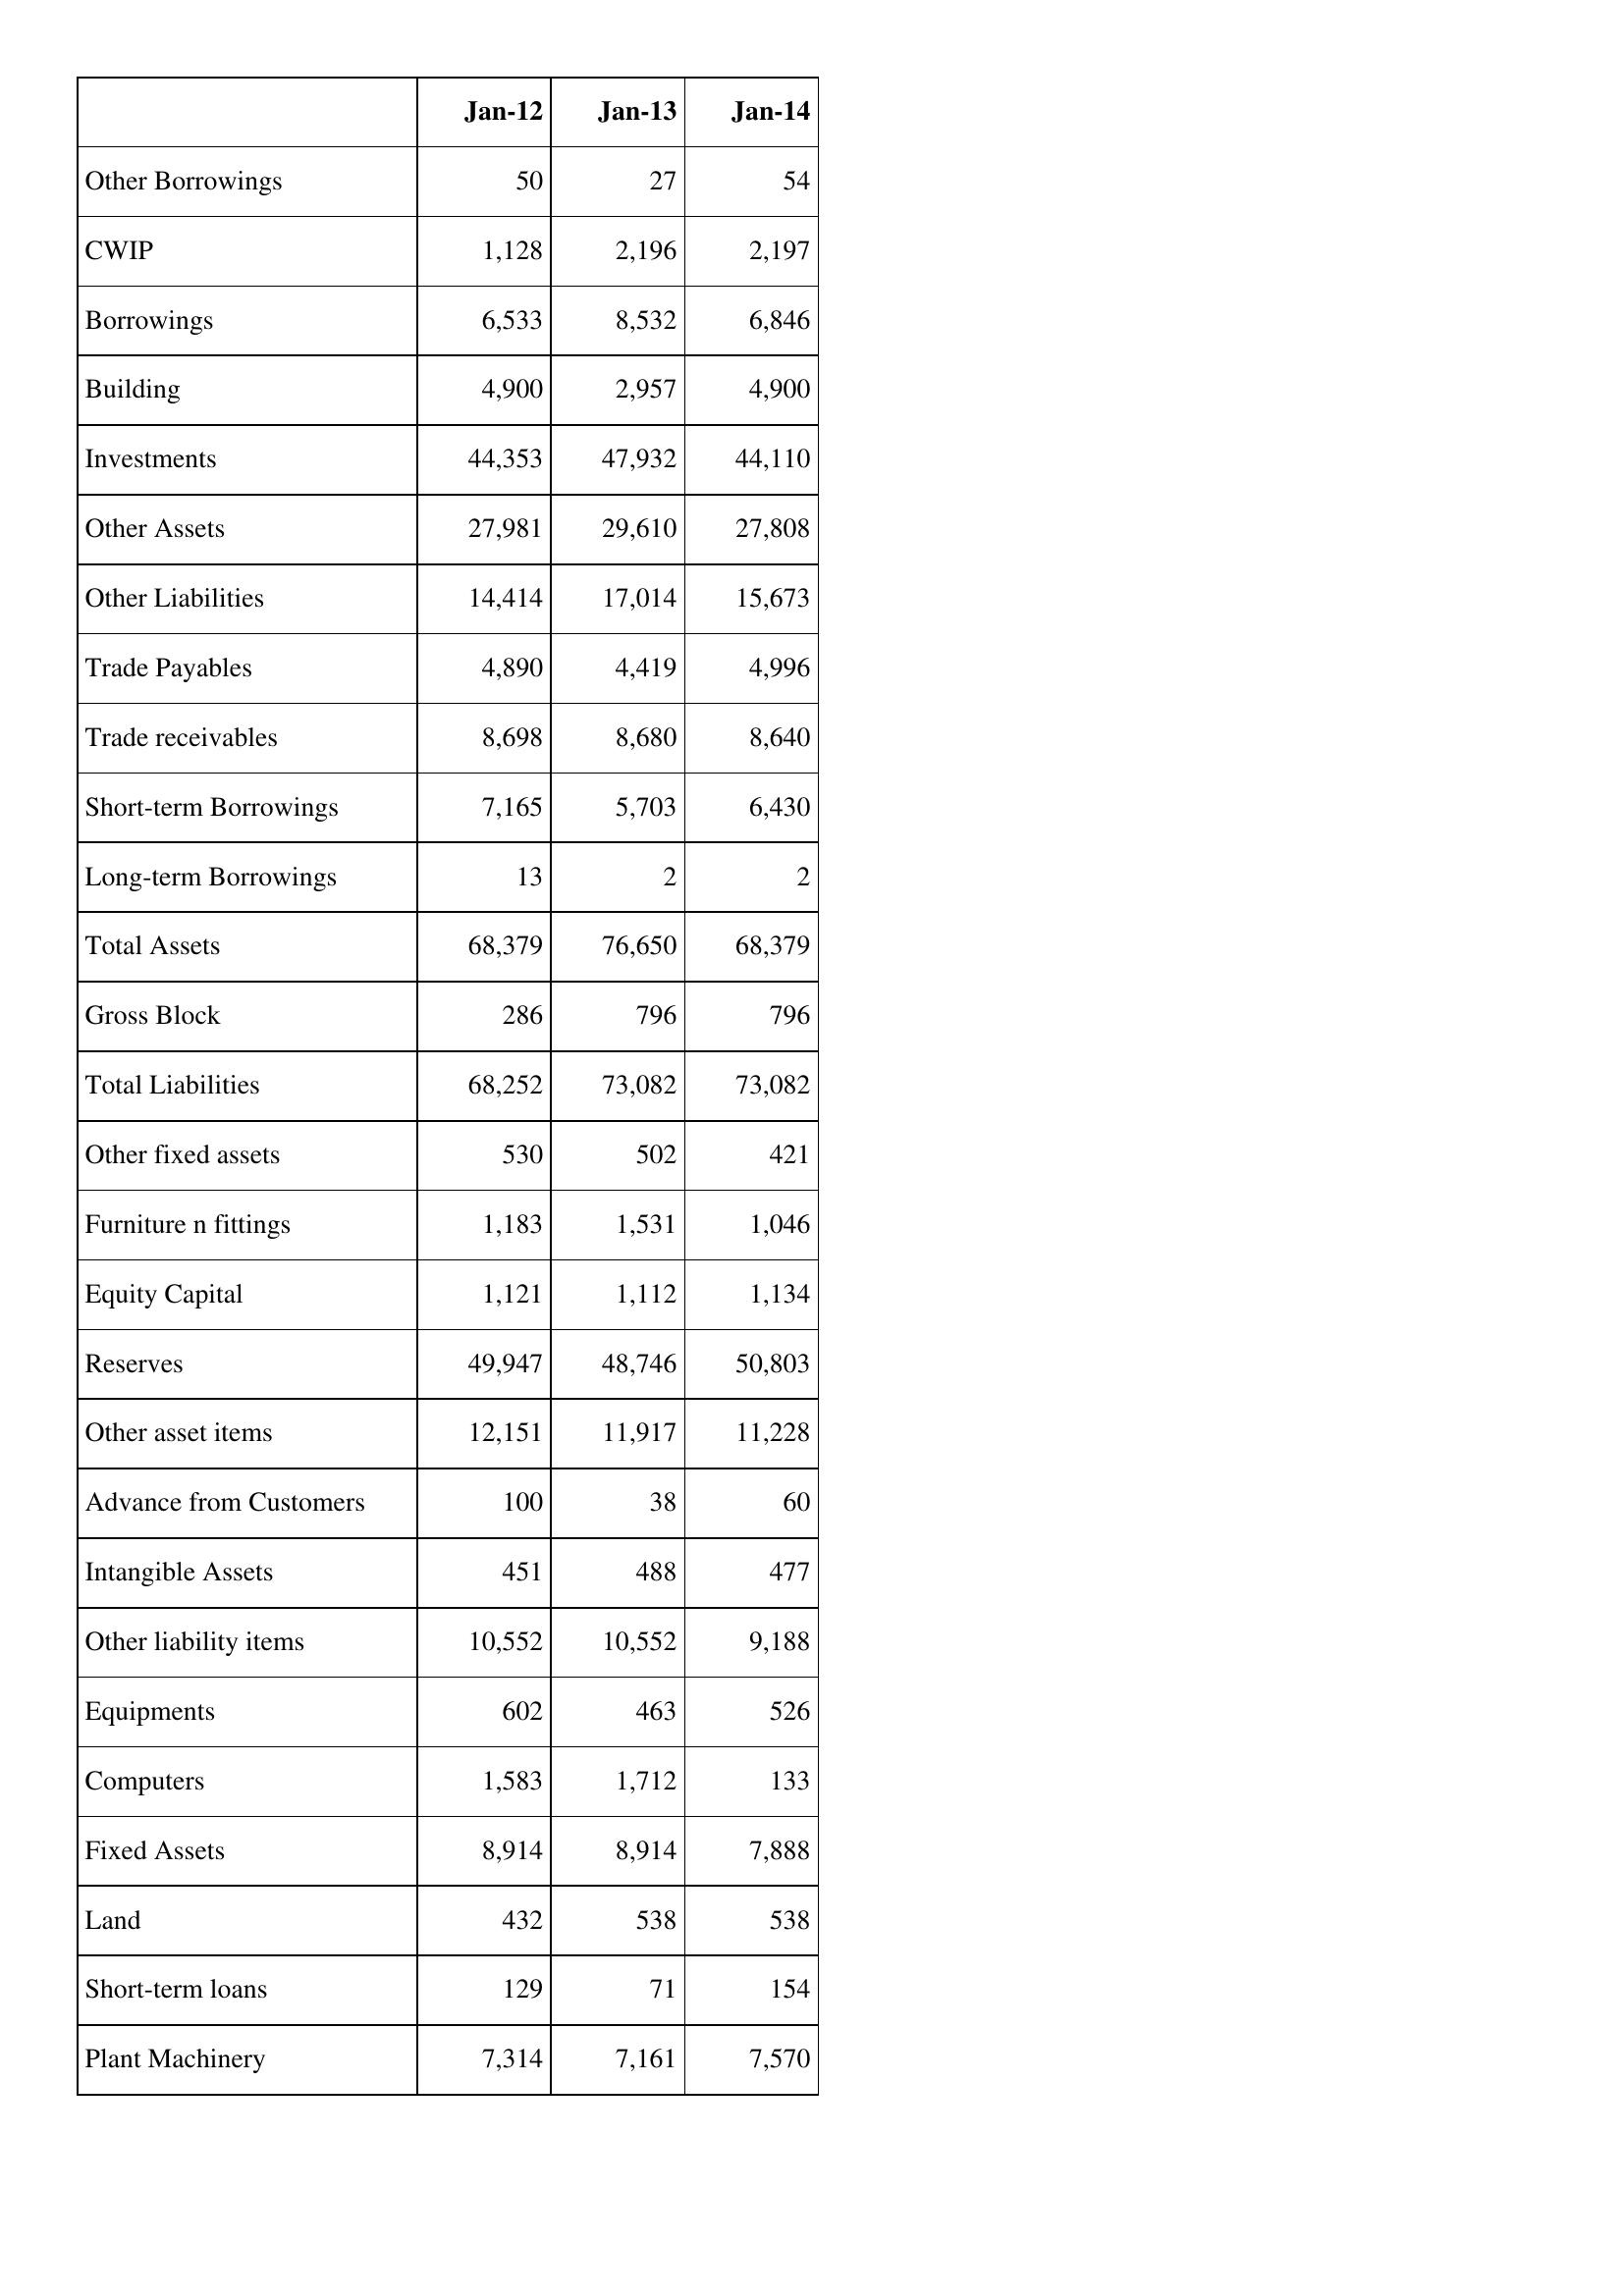
Jan-12: Balance Sheet: Other Borrowings: 50
CWIP: 1,128
Borrowings: 6,533
Building: 4,900
Investments: 44,353
Other Assets: 27,981
Other Liabilities: 14,414
Trade Payables: 4,890
Trade receivables: 8,698
Short-term Borrowings: 7,165
Long-term Borrowings: 13
Total Assets: 68,379
Gross Block: 286
Total Liabilities: 68,252
Other fixed assets: 530
Furniture n fittings: 1,183
Equity Capital: 1,121
Reserves: 49,947
Other asset items: 12,151
Advance from Customers: 100
Intangible Assets: 451
Other liability items: 10,552
Equipments: 602
Computers: 1,583
Fixed Assets: 8,914
Land: 432
Short-term loans: 129
Plant Machinery: 7,314
Jan-13: Balance Sheet: Other Borrowings: 27
CWIP: 2,196
Borrowings: 8,532
Building: 2,957
Investments: 47,932
Other Assets: 29,610
Other Liabilities: 17,014
Trade Payables: 4,419
Trade receivables: 8,680
Short-term Borrowings: 5,703
Long-term Borrowings: 2
Total Assets: 76,650
Gross Block: 796
Total Liabilities: 73,082
Other fixed assets: 502
Furniture n fittings: 1,531
Equity Capital: 1,112
Reserves: 48,746
Other asset items: 11,917
Advance from Customers: 38
Intangible Assets: 488
Other liability items: 10,552
Equipments: 463
Computers: 1,712
Fixed Assets: 8,914
Land: 538
Short-term loans: 71
Plant Machinery: 7,161
Jan-14: Balance Sheet: Other Borrowings: 54
CWIP: 2,197
Borrowings: 6,846
Building: 4,900
Investments: 44,110
Other Assets: 27,808
Other Liabilities: 15,673
Trade Payables: 4,996
Trade receivables: 8,640
Short-term Borrowings: 6,430
Long-term Borrowings: 2
Total Assets: 68,379
Gross Block: 796
Total Liabilities: 73,082
Other fixed assets: 421
Furniture n fittings: 1,046
Equity Capital: 1,134
Reserves: 50,803
Other asset items: 11,228
Advance from Customers: 60
Intangible Assets: 477
Other liability items: 9,188
Equipments: 526
Computers: 133
Fixed Assets: 7,888
Land: 538
Short-term loans: 154
Plant Machinery: 7,570